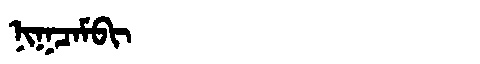
Manchu: ᠨᡳᡴᠴᠠᠮᠪᡳ
Romanization: NIKCAMBI